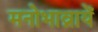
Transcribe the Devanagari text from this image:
मनोभाव्नायें